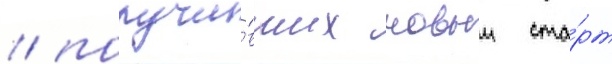
/ получи́вших новыи ста́рт